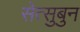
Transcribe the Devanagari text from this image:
सेत्सुबुन